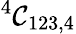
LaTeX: ^{4}{\cal C}_{123,4}